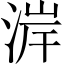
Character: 𪶐